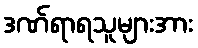
ဒဏ်ရာရသူများအား